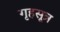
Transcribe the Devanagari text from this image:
गृहसूत्र